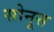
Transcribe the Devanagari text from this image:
सोनूस